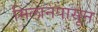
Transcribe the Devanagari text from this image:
मिलानपासून